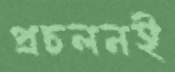
প্রচলনই